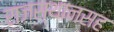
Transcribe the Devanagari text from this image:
राजस्थानसह